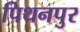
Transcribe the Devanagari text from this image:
पिथनपुर